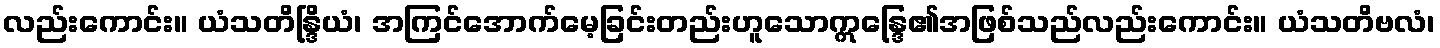
လည်းကောင်း။ ယံသတိန္ဒြိယံ၊ အကြင်အောက်မေ့ခြင်းတည်းဟူသောဣန္ဒြေ၏အဖြစ်သည်လည်းကောင်း။ ယံသတိဗလံ၊